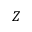
Z